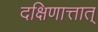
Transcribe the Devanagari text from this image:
दक्षिणात्तात्